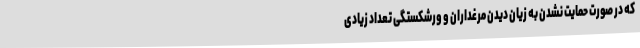
که در صورت حمایت نشدن به زیان دیدن مرغداران و ورشکستگی تعداد زیادی